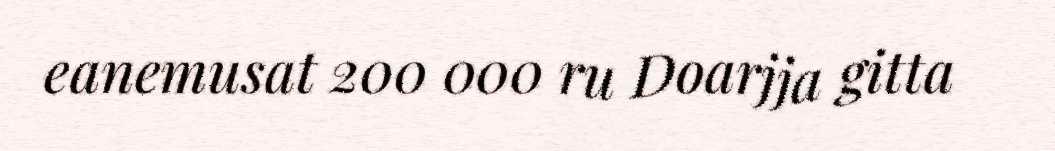
eanemusat 200 000 ru Doarjja gitta